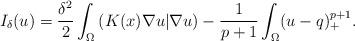
LaTeX: \begin{align*}I_\delta(u)=\frac{\delta^2}{2}\int_{\Omega}\left( K(x)\nabla u|\nabla u\right)-\frac{1}{p+1}\int_{\Omega}(u-q)^{p+1}_+.\end{align*}